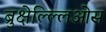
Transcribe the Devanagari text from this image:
ब्रुक्षेल्ल्लिओस